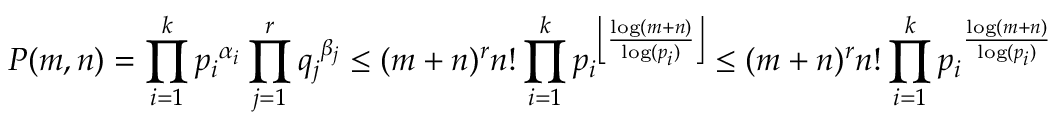
P ( m , n ) = \prod _ { i = 1 } ^ { k } { p _ { i } } ^ { \alpha _ { i } } \prod _ { j = 1 } ^ { r } { q _ { j } } ^ { \beta _ { j } } \leq ( m + n ) ^ { r } n ! \prod _ { i = 1 } ^ { k } { p _ { i } } ^ { \left\lfloor \frac { \log ( m + n ) } { \log ( p _ { i } ) } \right\rfloor } \leq ( m + n ) ^ { r } n ! \prod _ { i = 1 } ^ { k } { p _ { i } } ^ { \frac { \log ( m + n ) } { \log ( p _ { i } ) } }